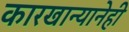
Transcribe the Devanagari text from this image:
कारखान्यानेही